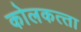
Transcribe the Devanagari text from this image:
कोलकत्‍ता